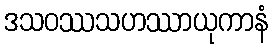
ဒသဝဿသဟဿာယုကာနံ